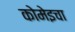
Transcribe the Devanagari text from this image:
कोमेइचा